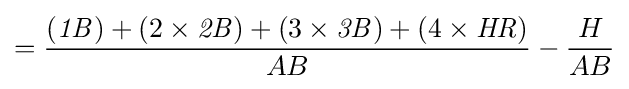
={\frac {({\mathit {1B}})+(2\times {\mathit {2B}})+(3\times {\mathit {3B}})+(4\times {\mathit {HR}})}{AB}}-{\frac {H}{AB}}